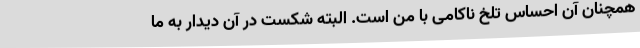
همچنان آن احساس تلخ ناکامی با من است. البته شکست در آن دیدار به ما